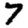
Digit: 7